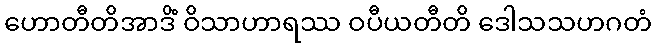
ဟောတီတိအာဒိံ ဝိသာဟာရဿ ဝပီယတီတိ ဒေါသသဟဂတံ